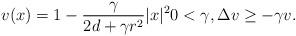
LaTeX: \begin{align*} v(x)=1-\frac{\gamma}{2d+\gamma r^2}|x|^2 0<\gamma, \Delta v\ge -\gamma v. \end{align*}